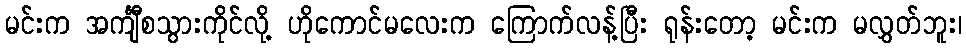
မင်းက အင်္ကျီစသွားကိုင်လို့ ဟိုကောင်မလေးက ကြောက်လန့်ပြီး ရုန်းတော့ မင်းက မလွှတ်ဘူး၊